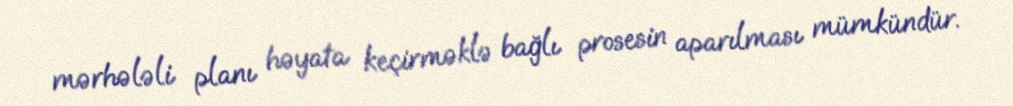
mərhələli planı həyata keçirməklə bağlı prosesin aparılması mümkündür.